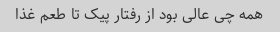
همه چی عالی بود از رفتار پیک تا طعم غذا